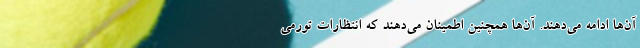
آن‌ها ادامه می‌دهند. آن‌ها همچنین اطمینان می‌دهند که انتظارات تورمی